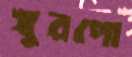
খুরপো